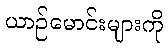
ယာဉ်မောင်းများကို